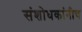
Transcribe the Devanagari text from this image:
संशोधकांनीच